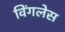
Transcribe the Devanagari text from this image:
विंगलेस